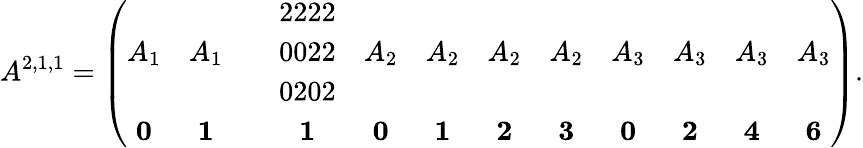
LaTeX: A^{2,1,1}=\left(\begin{array}{cccccccccccc}{A_{1}}&{A_{1}}&&{\begin{array}{l}{2222}\\ {0022}\\ {0202}\end{array}}&{A_{2}}&{A_{2}}&{A_{2}}&{A_{2}}&{A_{3}}&{A_{3}}&{A_{3}}&{A_{3}}\\ {\mathbf{0}}&{\mathbf{1}}&&{\mathbf{1}}&{\mathbf{0}}&{\mathbf{1}}&{\mathbf{2}}&{\mathbf{3}}&{\mathbf{0}}&{\mathbf{2}}&{\mathbf{4}}&{\mathbf{6}}\end{array}\right).